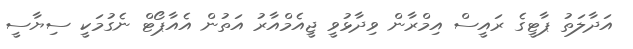
އަދާލަތު ޕާޓީގެ ރައީސް އިމްރާން ވިދާޅުވީ ޖީއެމްއާރު އަތުން އެއާޕޯޓް ނެގުމަކީ ސިޔާސީ